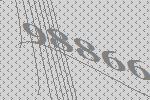
98866